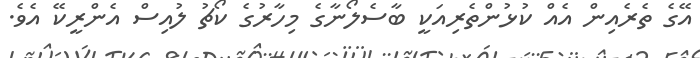
އޭގެ ތެރެއިން އެއް ކުޅުންތެރިއަކީ ބާސެލޯނާގެ މިހާރުގެ ކޯޗު ލުއިސް އެންރީކޭ އެވެ.